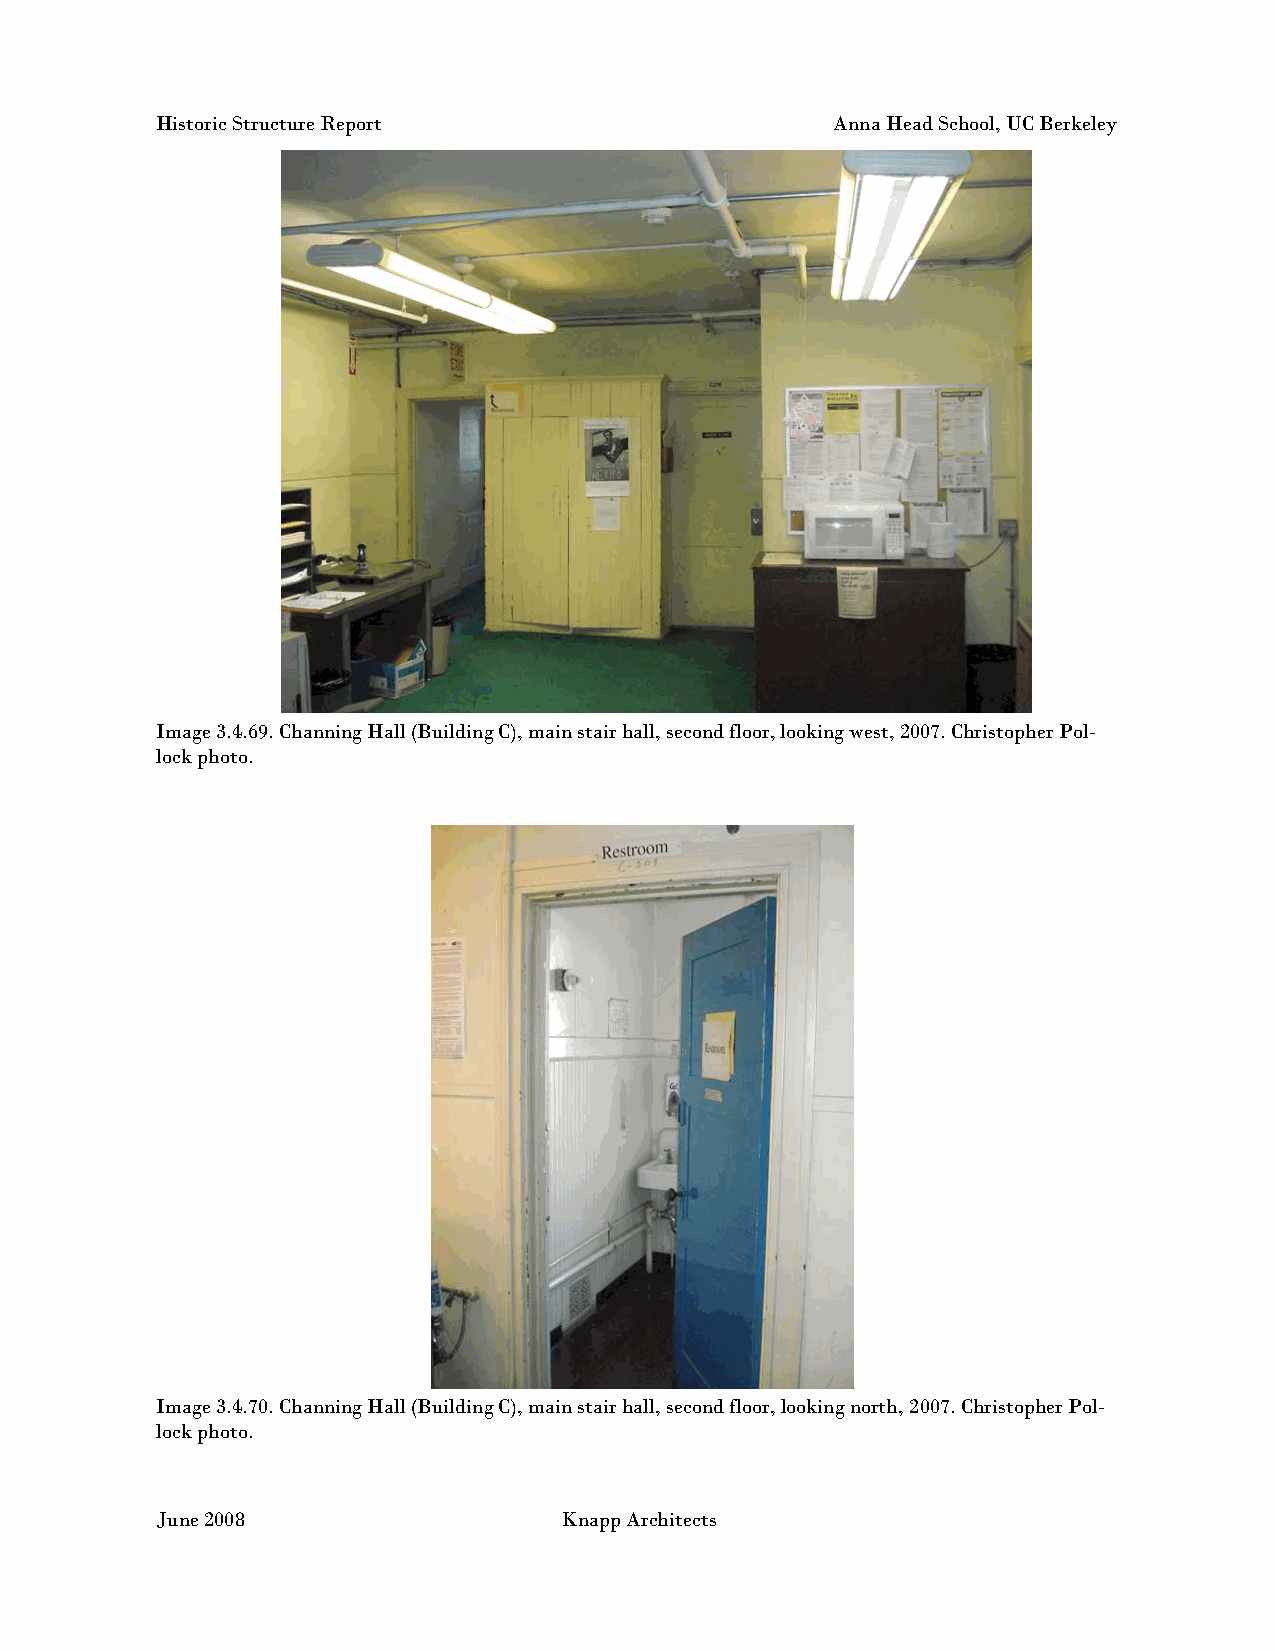
Historic Structure Report                    Anna Head School, UC Berkeley
 Image 3.4.69. Channing Hall (Building C), main stair hall, second floor, looking west, 2007. Christopher Pol-
 lock photo.
 Image 3.4.70. Channing Hall (Building C), main stair hall, second floor, looking north, 2007. Christopher Pol-
 lock photo.
 June 2008                  Knapp Architects